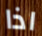
اذا